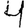
Digit: 4